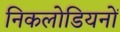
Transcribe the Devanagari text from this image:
निकलोडियनों